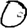
Digit: 0